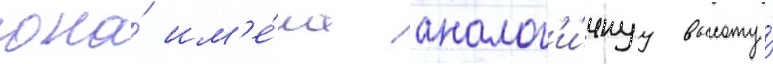
она́ им'е́ла аналог'и́чнуу высоту́